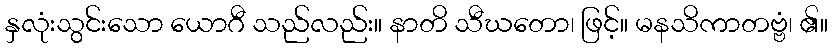
နှလုံးသွင်းသော ယောဂီ သည်လည်း။ နာတိ သီဃတော၊ ဖြင့်။ မနသိကာတဗ္ဗံ၊ ၏။